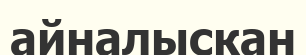
айналыскан